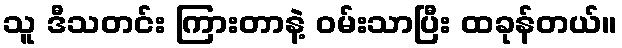
သူ ဒီသတင်း ကြားတာနဲ့ ဝမ်းသာပြီး ထခုန်တယ်။